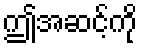
ဤအဆင့်ကို